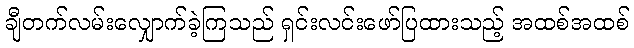
ချီတက်လမ်းလျှောက်ခဲ့ကြသည် ရှင်းလင်းဖော်ပြထားသည့် အထစ်အထစ်